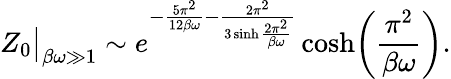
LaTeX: Z_{0}\big|_{\beta\omega\gg 1}\sim e^{-\frac{5\pi^{2}}{12\beta\omega}-\frac{2\pi^{2}}{3\sinh\frac{2\pi^{2}}{\beta\omega}}}\cosh\biggl(\frac{\pi^{2}}{\beta\omega}\biggr).